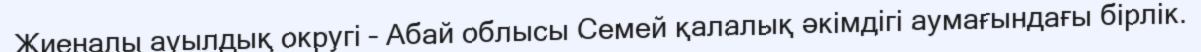
Жиеналы ауылдық округі – Абай облысы Семей қалалық әкімдігі аумағындағы бірлік.